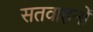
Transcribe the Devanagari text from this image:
सतवाहनों